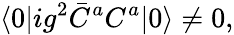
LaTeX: \langle 0|ig^{2}\bar{C}^{a}C^{a}|0\rangle\not=0,